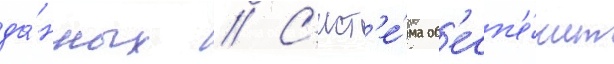
да́нных // С'ист'е́ма об'есп'е́чит